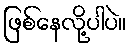
ဖြစ်နေလို့ပါပဲ။